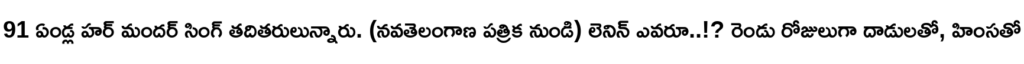
91 ఏండ్ల హర్ మందర్ సింగ్ తదితరులున్నారు. (నవతెలంగాణ పత్రిక నుండి) లెనిన్ ఎవరూ..!? రెండు రోజులుగా దాడులతో, హింసతో